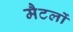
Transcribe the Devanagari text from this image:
मैटलों